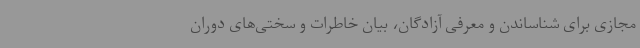
مجازی برای شناساندن و معرفی آزادگان، بیان خاطرات و سختی‌های دوران